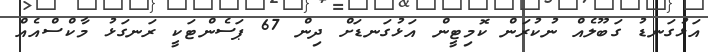
އަޅުގަނޑު ގަބޫލެއް ނުކުރަން ކޮމިޓީން އަޅުގަނޑަށް ދިން 67 ޕަސެންޓަކީ ރަނގަޅު މާކްސްއެއް